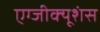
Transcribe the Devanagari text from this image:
एग्जीक्यूशंस